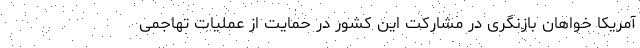
آمریکا خواهان بازنگری در مشارکت این کشور در حمایت از عملیات تهاجمی